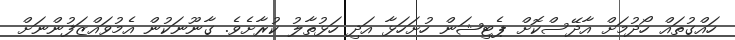
ހައްގުތައް ހޯދުމަށް އާދޭސްކޮށް ޕެޓިޝަން ހުށަހަޅާ އަދި ހަޅުތާލު ކުރާށެވެ. ގާނޫނަކުން އެމުވައްޒަފުންނަށް